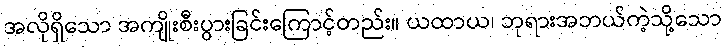
အလိုရှိသော အကျိုးစီးပွားခြင်းကြောင့်တည်း။ ယထာယ၊ ဘုရားအဘယ်ကဲ့သို့သော